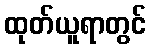
ထုတ်ယူရာတွင်